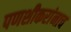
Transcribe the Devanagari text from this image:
पणशीकरांनाच